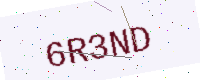
Text: 6R3ND